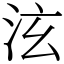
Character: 泫